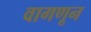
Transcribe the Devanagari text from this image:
वागणून